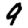
Digit: 9